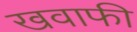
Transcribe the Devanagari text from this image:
खवाफी